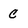
Character: C